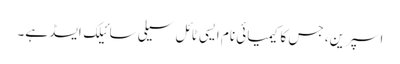
اسپرین، جس کا کیمیائی نام ایسی ٹائل سیلی سائیلک ایسڈ ہے۔